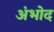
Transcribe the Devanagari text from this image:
अंभोद